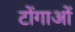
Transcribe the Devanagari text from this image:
टोंगाओं